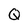
Character: Q